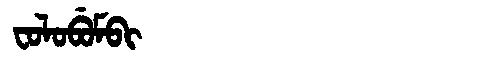
Manchu: ᠸᠣᠯᠣᠪᡠᠮᠪᡳ
Romanization: FOLOBUMBI